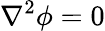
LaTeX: \nabla^{2}\phi=0